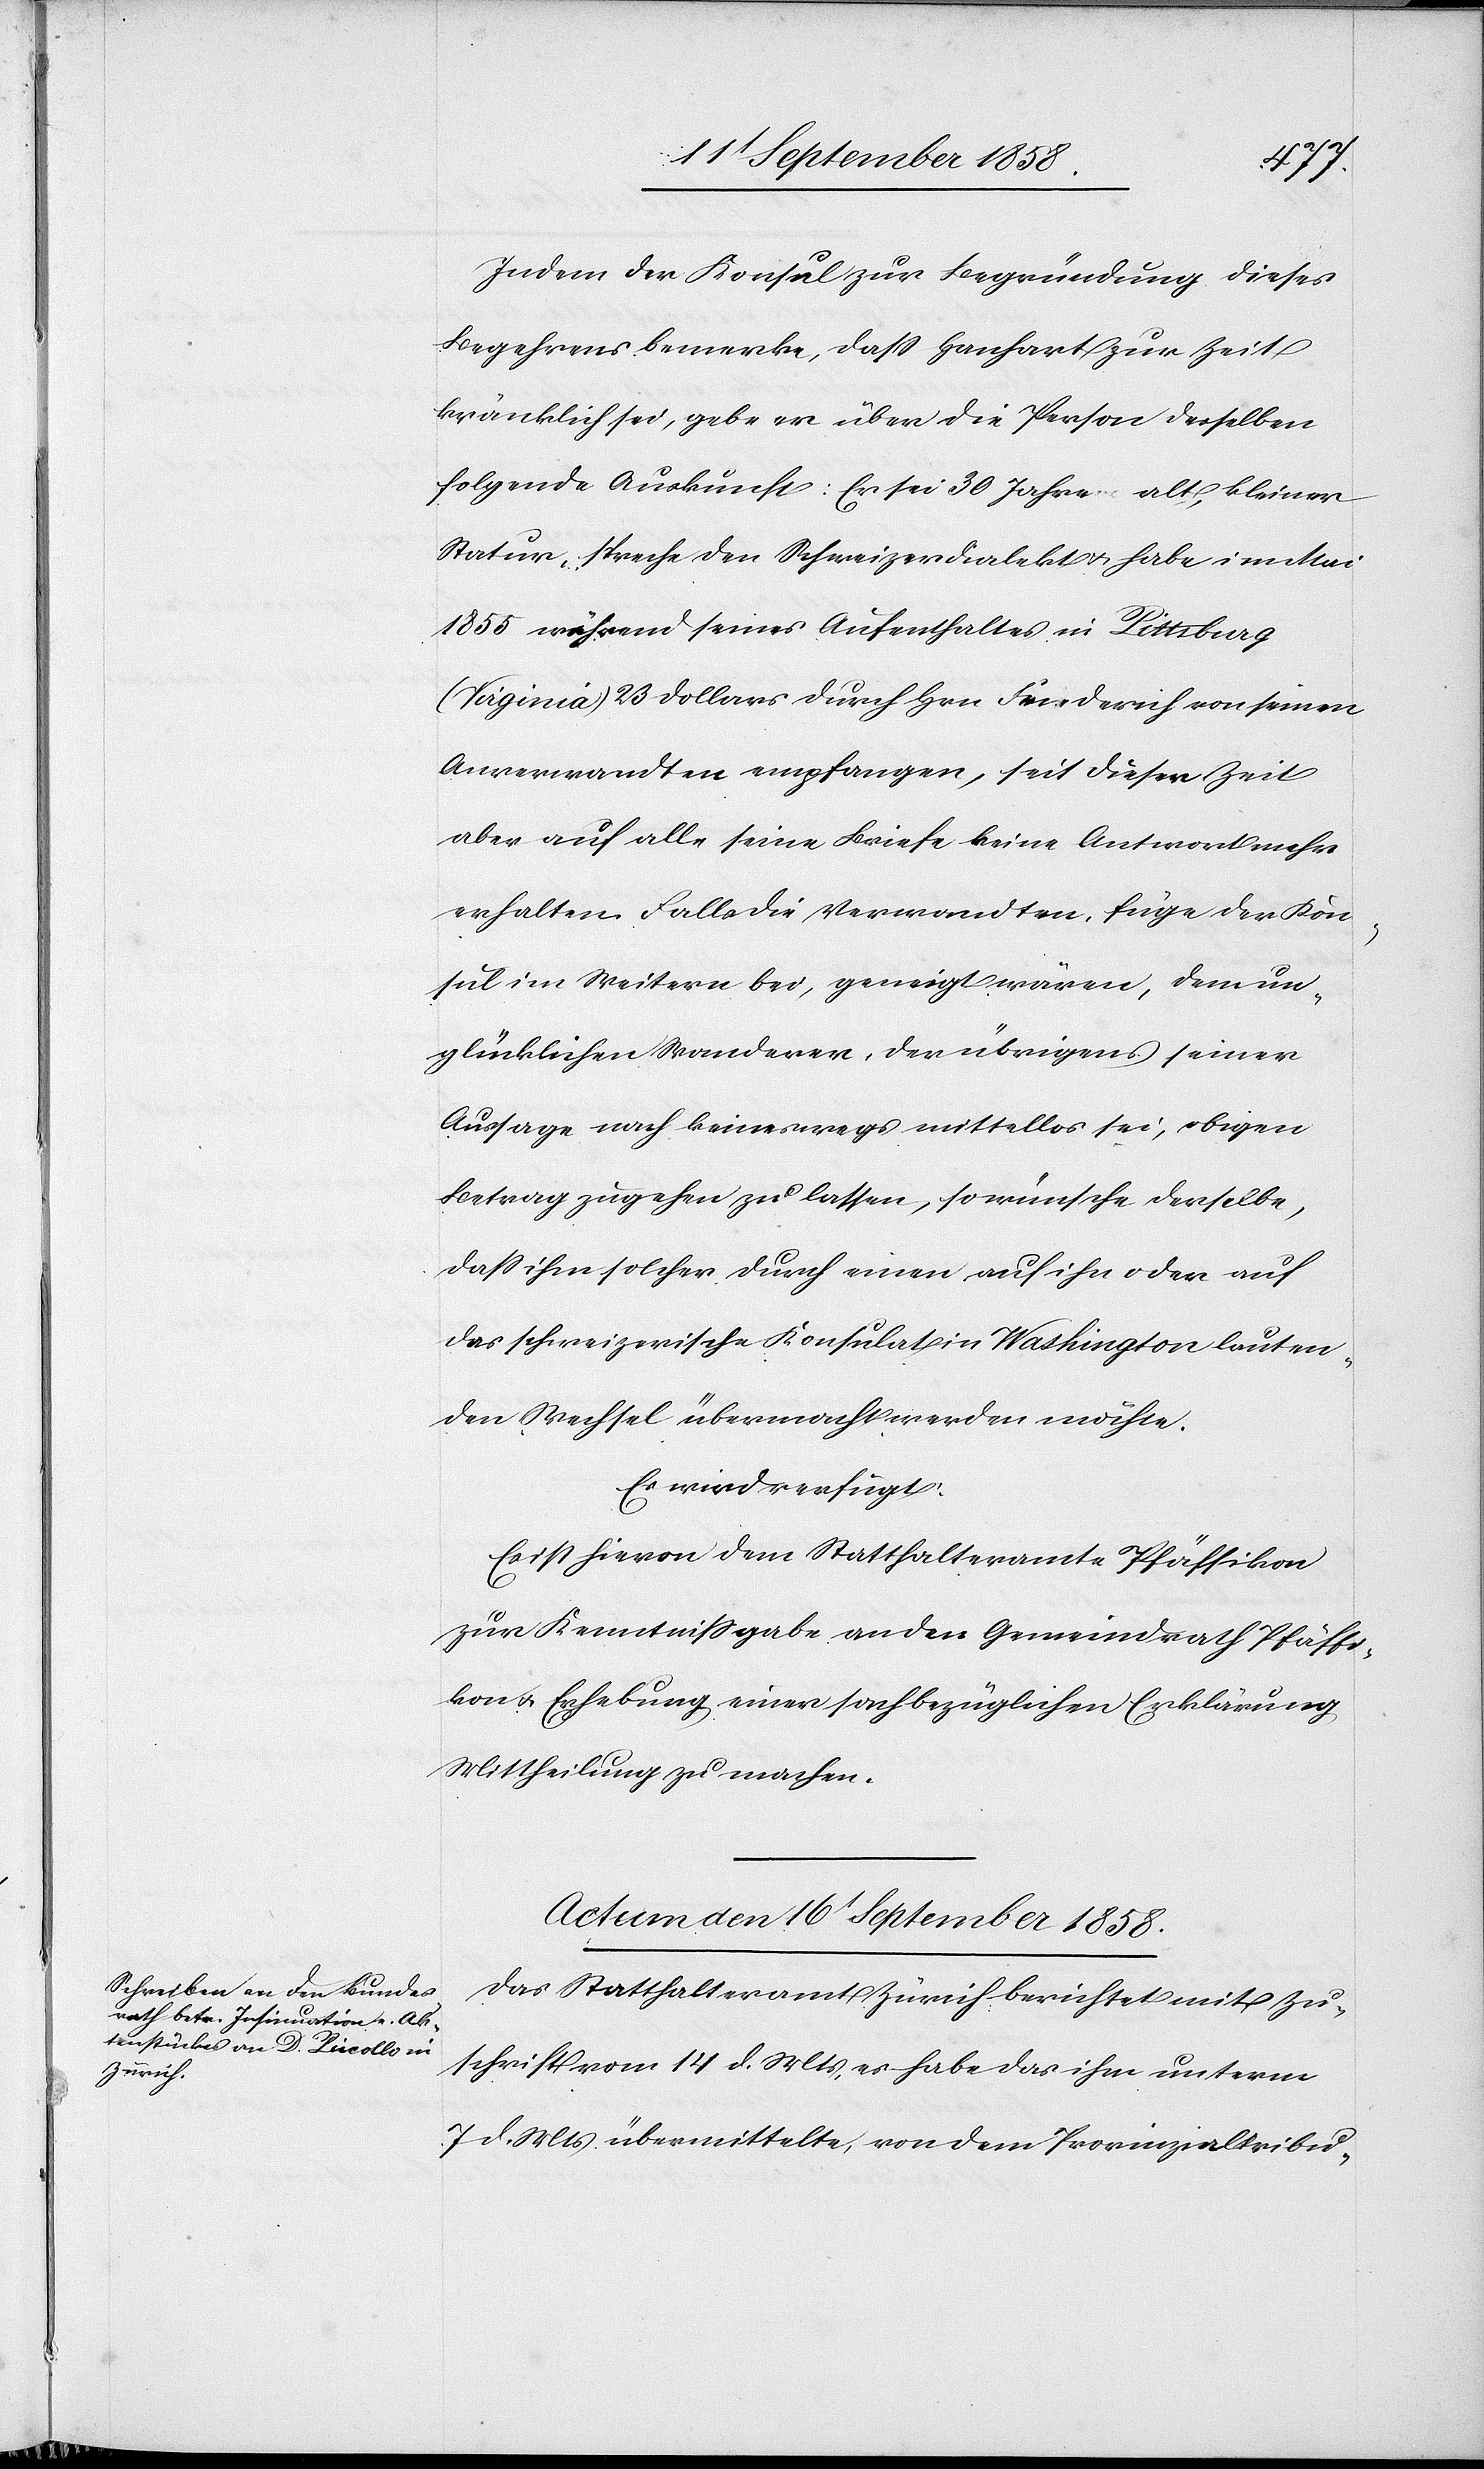
Indem der Konsul zur Begründung dieses
Begehrens bemerke, dass Hanhart zur Zeit
kränklich sei, gebe er über die Person desselben
folgende Auskunft: Er sei 30 Jahre alt, kleiner
Statur, spreche den Schweizerdialekt & habe im Mai
1855 während seines Aufenthaltes in Pittsburg
(Virginia) 23 Dollars durch Hrn. Friederich von seinen
Anverwandten empfangen, seit dieser Zeit
aber auf alle seine Briefe keine Antwort mehr
erhalten. Falls die Verwandten, füge der Kon¬
sul im Weitern bei, geneigt wären, dem un¬
glücklichen Wanderer, der übrigens seiner
Aussage nach keineswegs mittellos sei, obigen
Betrag zugehen zu lassen, so wünsche derselbe,
dass ihm solcher durch einen auf ihn oder auf
das schweizerische Konsulat in Washington lauten¬
den Wechsel übermacht werden möchte.
Es wird verfügt:
Es ist hievon dem Statthalteramte Pfäffikon
zur Kenntnissgabe an den Gemeindrath Pfäffi¬
kon & Erhebung einer sachbezüglichen Erklärung
Mittheilung zu machen.
Actum den 16t September 1858.
Das Statthalteramt Zürich berichtet mit Zu¬
schrift vom 14 d. Mts, es habe das ihm unterm
7 d. Mts übermittelte, von dem Provinzialtribu-